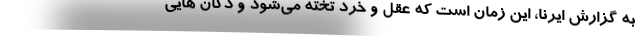
به گزارش ایرنا، این زمان است که عقل و خرد تخته می‌شود و دکان هایی